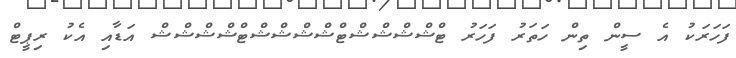
ފަހަރަކު އެ ސީން ތިން ހަތަރު ފަހަރު ޓްޝްޝްޝްޝްޓްޝްޝްޝްޝްޓްޝްޝްޝްޝް އަޑާއި އެކު ރިޕީޓް